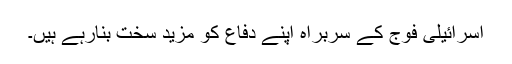
اسرائیلی فوج کے سربراہ اپنے دفاع کو مزید سخت بنارہے ہیں۔